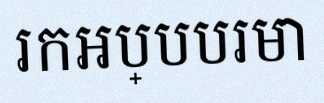
រកអប្បបរមា